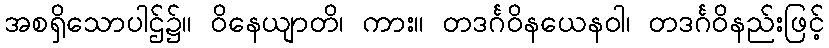
အစရှိသောပါဌ်၌။ ဝိနေယျာတိ၊ ကား။ တဒင်္ဂဝိနယေနဝါ၊ တဒင်္ဂဝိနည်းဖြင့်